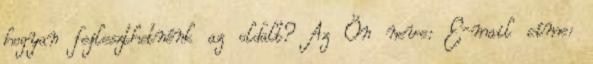
hogyan fejleszthetnénk az oldalt? Az Ön neve: E-mail címe: